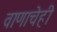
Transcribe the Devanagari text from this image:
वाणाचेही